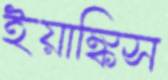
ইয়াঙ্কিস